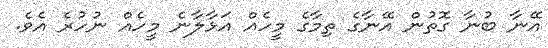
އޭނާ ބުނާ ގޮތުން އޭނާގެ ތިމާގެ މީހެއް އަޅާލާނެ މީހެއް ނުހުރެ އެވެ.